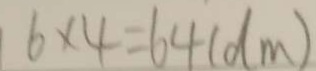
6 \times 4 = 6 4 ( d m )